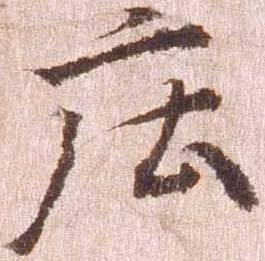
庄